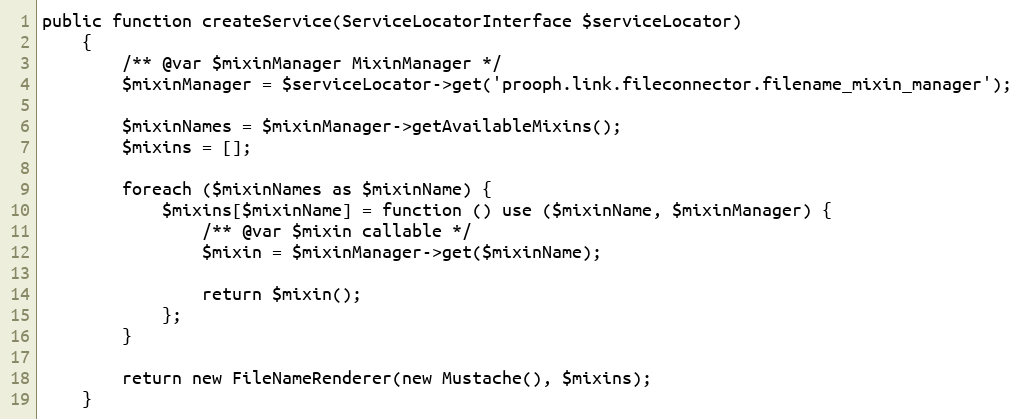
Language: PHP
public function createService(ServiceLocatorInterface $serviceLocator)
    {
        /** @var $mixinManager MixinManager */
        $mixinManager = $serviceLocator->get('prooph.link.fileconnector.filename_mixin_manager');

        $mixinNames = $mixinManager->getAvailableMixins();
        $mixins = [];

        foreach ($mixinNames as $mixinName) {
            $mixins[$mixinName] = function () use ($mixinName, $mixinManager) {
                /** @var $mixin callable */
                $mixin = $mixinManager->get($mixinName);

                return $mixin();
            };
        }

        return new FileNameRenderer(new Mustache(), $mixins);
    }